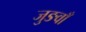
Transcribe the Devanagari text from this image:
जुङवाँ